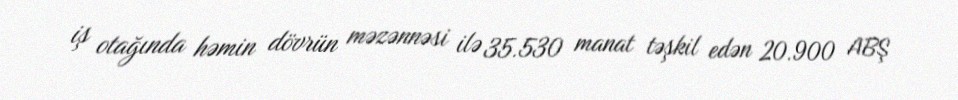
iş otağında həmin dövrün məzənnəsi ilə 35.530 manat təşkil edən 20.900 ABŞ